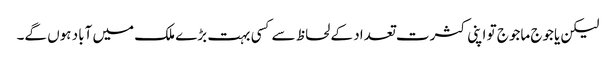
لیکن یاجوج ماجوج تو اپنی کثرت تعداد کے لحاظ سےکسی بہت بڑے ملک میں آباد ہوں گے۔